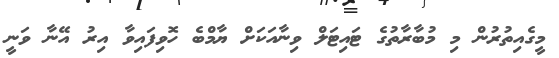
މީގެއިތުރުން މި މުބާރާތުގެ ޓައިޓަލް ވިނާއަކަށް ޔާމްބެ ހޮވިފައިވާ އިރު އޭނާ ވަނީ